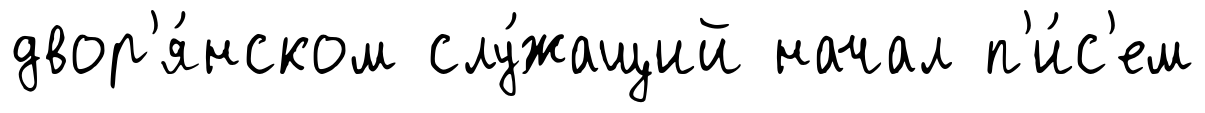
двор'я́нском слу́жащий начал п'и́с'ем